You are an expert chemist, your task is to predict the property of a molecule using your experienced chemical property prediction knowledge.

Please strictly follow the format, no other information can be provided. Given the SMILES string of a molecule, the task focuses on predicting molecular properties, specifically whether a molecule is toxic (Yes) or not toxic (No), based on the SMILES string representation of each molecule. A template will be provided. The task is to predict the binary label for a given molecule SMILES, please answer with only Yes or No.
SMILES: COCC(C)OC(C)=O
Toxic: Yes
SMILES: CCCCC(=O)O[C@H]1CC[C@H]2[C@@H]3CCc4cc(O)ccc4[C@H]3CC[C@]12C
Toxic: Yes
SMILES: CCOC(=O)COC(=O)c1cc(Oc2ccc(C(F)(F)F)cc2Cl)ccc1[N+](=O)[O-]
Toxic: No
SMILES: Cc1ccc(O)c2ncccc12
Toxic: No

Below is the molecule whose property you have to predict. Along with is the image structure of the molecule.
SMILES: CCOP(=O)(Sc1ccccc1)Sc1ccccc1
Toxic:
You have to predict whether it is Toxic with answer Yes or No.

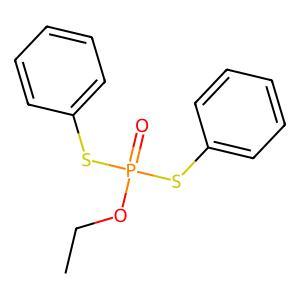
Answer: No